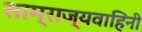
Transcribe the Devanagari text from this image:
साम्राज्यवाहिनी